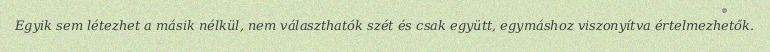
Egyik sem létezhet a másik nélkül, nem választhatók szét és csak együtt, egymáshoz viszonyítva értelmezhetők.